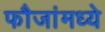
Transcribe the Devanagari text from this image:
फौजांमध्ये